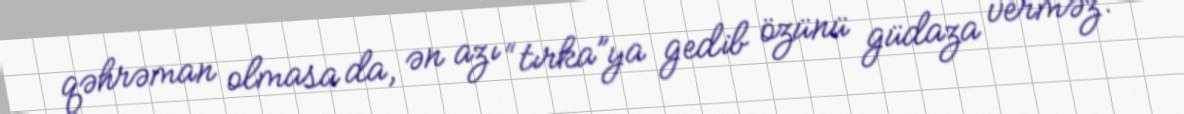
qəhrəman olmasa da, ən azı “tırka”ya gedib özünü güdaza verməz.